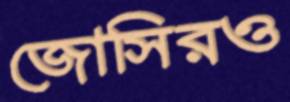
জোসিরও